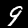
Label: 9